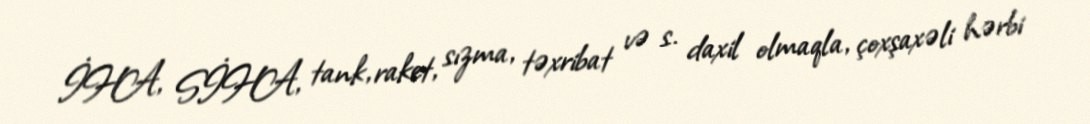
İHA, SİHA, tank, raket, sızma, təxribat və s. daxil olmaqla, çoxşaxəli hərbi